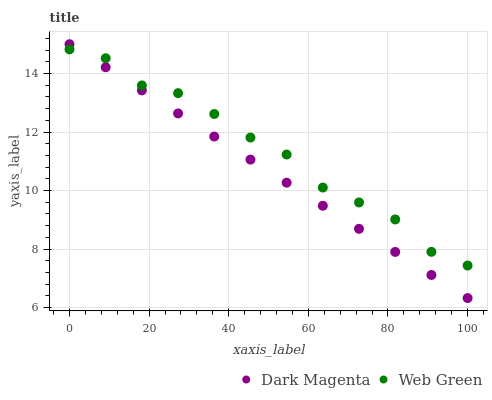
| xaxis_label | Dark Magenta | Web Green |
 | --- | --- | --- |
 | 0 | 15 | 14.8 |
 | 9.09 | 14.2 | 14.5 |
 | 18.2 | 13.4 | 13.6 |
 | 27.3 | 12.6 | 13.3 |
 | 36.4 | 11.8 | 12.6 |
 | 45.5 | 11.1 | 11.8 |
 | 54.5 | 10.3 | 11.2 |
 | 63.6 | 9.48 | 10.1 |
 | 72.7 | 8.69 | 9.59 |
 | 81.8 | 7.9 | 9.01 |
 | 90.9 | 7.12 | 7.91 |
 | 100 | 6.33 | 7.44 |